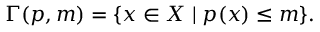
\Gamma ( p , m ) = \{ x \in X \mid p ( x ) \leq m \} .